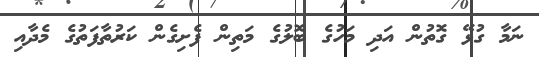
ނަމާ ގުޅޭ ގޮތުން އަދި މަހުގެ ބޮލުގެ މަތިން ފެށިގެން ކަރުތާފަތުގެ މެދާއި